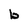
Character: b